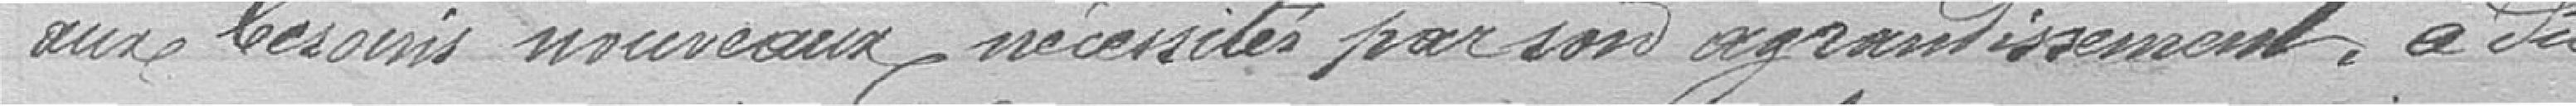
aux besoins nouveaux nécessités par son agrandissement, a du